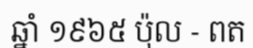
ឆ្នាំ ១៩៦៥ ប៉ុល - ពត